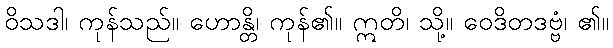
ဝိသဒါ၊ ကုန်သည်။ ဟောန္တိ၊ ကုန်၏။ ဣတိ၊ သို့။ ဝေဒိတဒဗ္ဗံ၊ ၏။